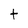
Character: t